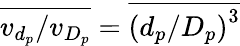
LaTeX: \overline{{v_{d_{p}}/v_{D_{p}}}}=\overline{{\left(d_{p}/D_{p}\right)^{3}}}